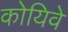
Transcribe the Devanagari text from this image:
कोयिवे